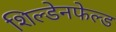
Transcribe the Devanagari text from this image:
शिल्डेनफेल्ड